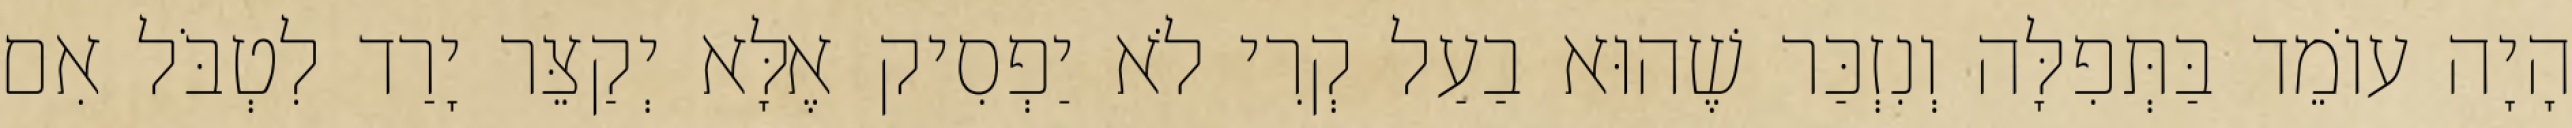
הָיָה עוֹמֵד בַּתְּפִלָּה וְנִזְכַּר שֶׁהוּא בַעַל קְרִי לֹא יַפְסִיק אֶלָּא יְקַצֵּר יָרַד לִטְבֹּל אִם